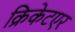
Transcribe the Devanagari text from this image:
क्रिकेटएर